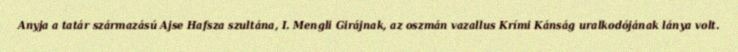
Anyja a tatár származású Ajse Hafsza szultána, I. Mengli Girájnak, az oszmán vazallus Krími Kánság uralkodójának lánya volt.